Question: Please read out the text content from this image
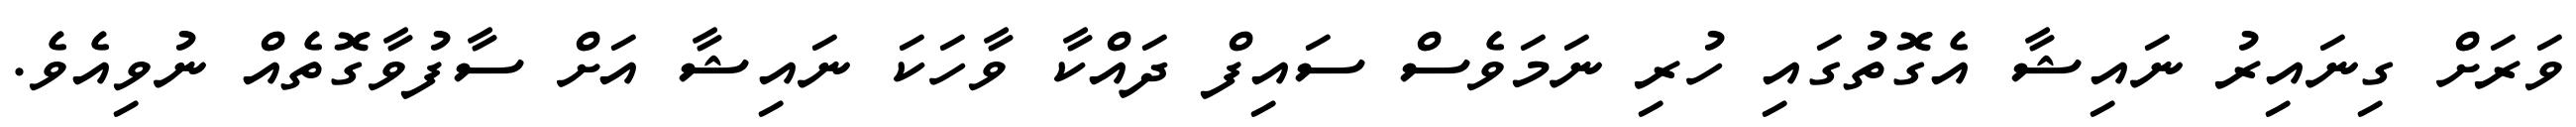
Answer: ވަރަށް ގިނައިރު ނައިޝާ އެގޮތުގައި ހުރި ނަމަވެސް ސައިފް ދައްކާ ވާހަކަ ނައިޝާ އަށް ސާފުވާގޮތެއް ނުވިއެވެ.